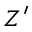
Z ^ { \prime }